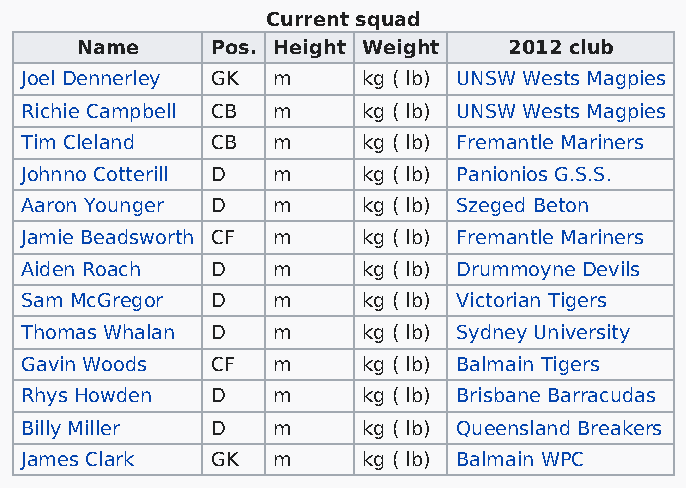
Current squad
 Name     Pos. Height Weight  2012 club
 Joel Dennerley GK m    kg ( lb) UNSW Wests Magpies
 Richie Campbell CB m   kg ( lb) UNSW Wests Magpies
 Tim Cleland  CB  m     kg ( lb) Fremantle Mariners
 Johnno Cotterill D m   kg ( lb) Panionios G.S.S.
 Aaron Younger D  m     kg ( lb) Szeged Beton
 Jamie Beadsworth CF m  kg ( lb) Fremantle Mariners
 Aiden Roach  D   m     kg ( lb) Drummoyne Devils
 Sam McGregor D   m     kg ( lb) Victorian Tigers
 Thomas Whalan D  m     kg ( lb) Sydney University
 Gavin Woods  CF  m     kg ( lb) Balmain Tigers
 Rhys Howden  D   m     kg ( lb) Brisbane Barracudas
 Billy Miller D   m     kg ( lb) Queensland Breakers
 James Clark  GK  m     kg ( lb) Balmain WPC